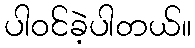
ပါဝင်ခဲ့ပါတယ်။